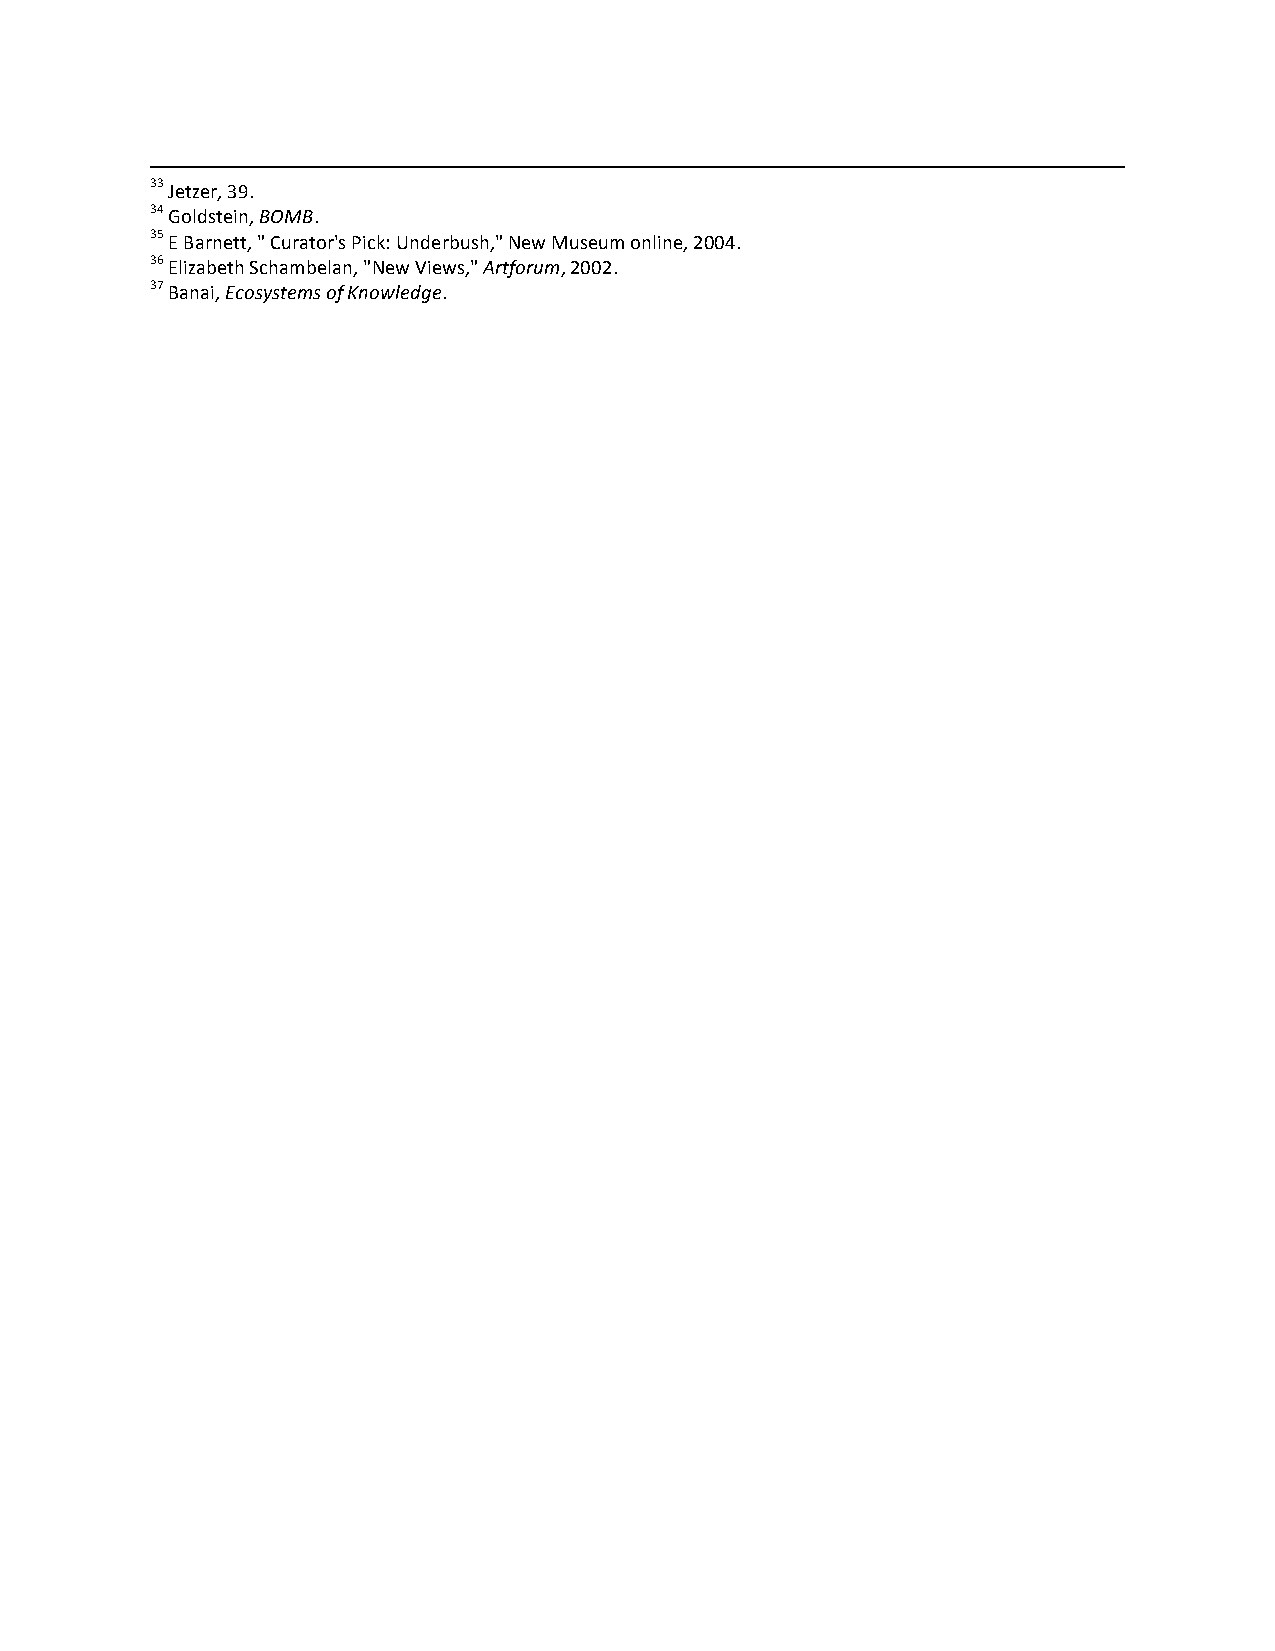
33 Jetzer, 39.
 34 Goldstein, BOMB.
 35 E Barnett, " Curator's Pick: Underbush," New Museum online, 2004.
 36 Elizabeth Schambelan, "New Views," Artforum, 2002.
 37 Banai, Ecosystems of Knowledge.